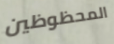
المحظوظين